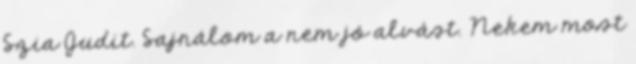
Szia Judit. Sajnálom a nem jó alvást. Nekem most